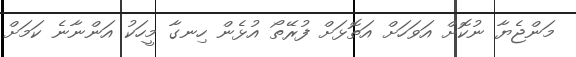
މަންޖެޔާ ނުކޮށް އަވަހަށް އަތޮޅަށް ފުރޭތޯ އުޅެން ހިނގާ މީހަކު އަންނާނެ ކަމަށް